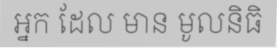
អ្នក ដែល មាន មូលនិធិ